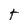
Character: t